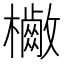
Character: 𣟷